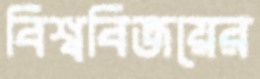
বিশ্ববিজয়ের